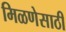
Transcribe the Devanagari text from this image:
मिळणेसाठी